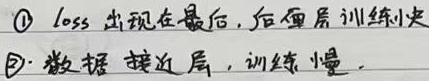
\textcircled{1} loss出现在最后, 后面层训练快\textcircled{2} 数据接近层, 训练慢.